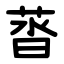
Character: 䓠